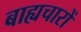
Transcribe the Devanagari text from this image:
बाह्यचारों